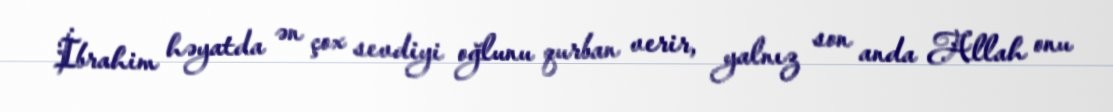
İbrahim həyatda ən çox sevdiyi oğlunu qurban verir, yalnız son anda Allah onu